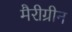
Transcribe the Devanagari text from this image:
मैरीग्रीन